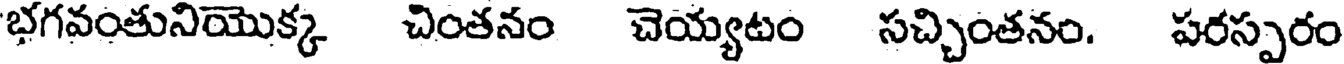
భగవంతునియొక్క చింతనం చెయ్యటం సచ్చింతనం. పరస్పరం